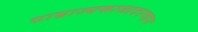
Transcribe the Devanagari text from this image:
साम्राज्यकाळादरम्यान